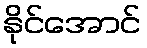
နိုင်အောင်